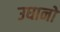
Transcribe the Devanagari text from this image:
उघानों